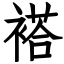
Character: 褡